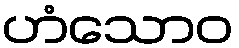
ဟံသောဝ